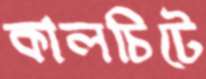
কালচিটে